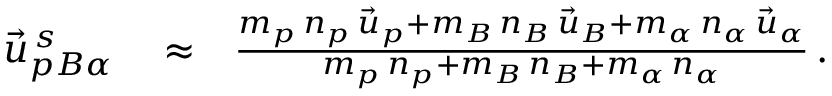
\begin{array} { r l r } { \vec { u } _ { p B \alpha } ^ { \, s } } & { { } \approx } & { \frac { m _ { p } \, n _ { p } \, \vec { u } _ { p } + m _ { B } \, n _ { B } \, \vec { u } _ { B } + m _ { \alpha } \, n _ { \alpha } \, \vec { u } _ { \alpha } } { m _ { p } \, n _ { p } + m _ { B } \, n _ { B } + m _ { \alpha } \, n _ { \alpha } } \, . } \end{array}